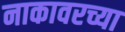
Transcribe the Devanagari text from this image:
नाकावरच्या